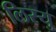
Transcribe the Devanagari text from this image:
लिस्यु